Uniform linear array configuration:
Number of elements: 16
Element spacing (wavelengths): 0.5
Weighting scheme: blackman
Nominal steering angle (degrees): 30
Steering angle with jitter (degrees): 30.466
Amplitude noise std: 0.05
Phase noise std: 0.05

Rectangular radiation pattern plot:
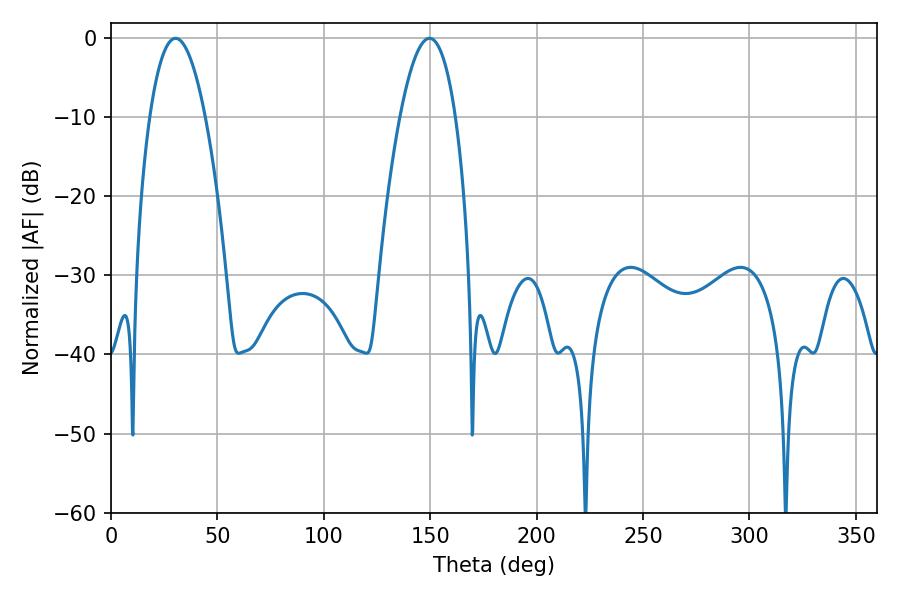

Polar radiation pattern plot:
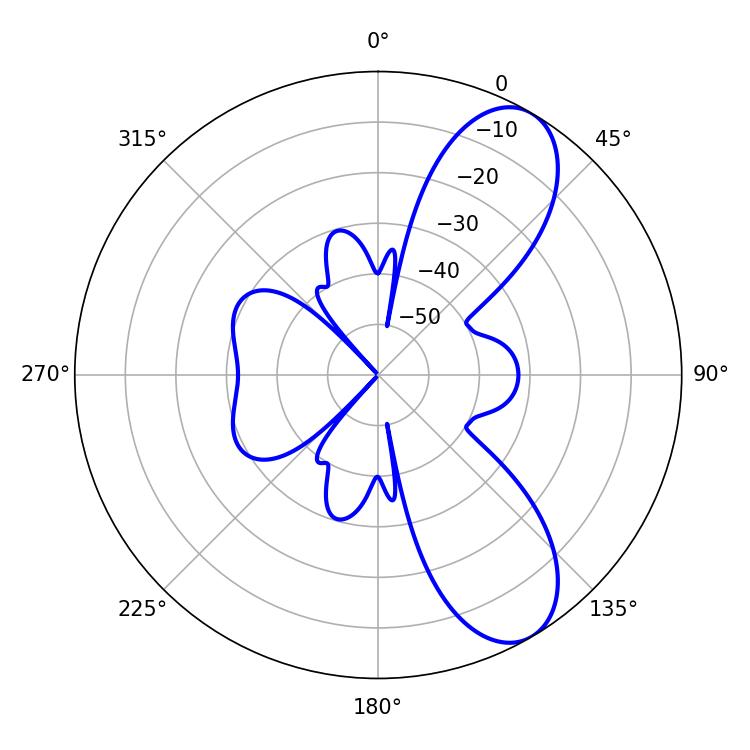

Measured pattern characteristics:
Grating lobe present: FALSE
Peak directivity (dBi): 8.64
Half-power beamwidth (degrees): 14.4
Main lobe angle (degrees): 30.42